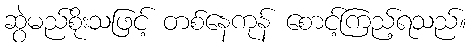
ဆွဲမည်စိုးသဖြင့် တစ်နေကုန် စောင့်ကြည့်ရသည်။